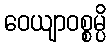
ဝေယျာဝစ္စမ္ပိ